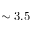
\sim 3 . 5